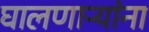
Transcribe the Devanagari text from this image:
घालणाऱ्यांना